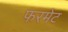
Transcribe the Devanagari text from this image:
फरमेट